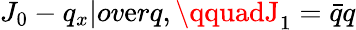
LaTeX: J_{0}-{q_{x}|ov\mathrm{e}rq},\qquadJ_{1}=\bar{{q}}q